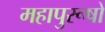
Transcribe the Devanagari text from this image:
महापुरूषो